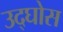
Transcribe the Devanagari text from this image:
उद्घोस